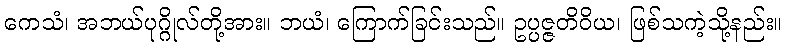
ကေသံ၊ အဘယ်ပုဂ္ဂိုလ်တို့အား။ ဘယံ၊ ကြောက်ခြင်းသည်။ ဥပ္ပဇ္ဇတိဝိယ၊ ဖြစ်သကဲ့သို့နည်း။